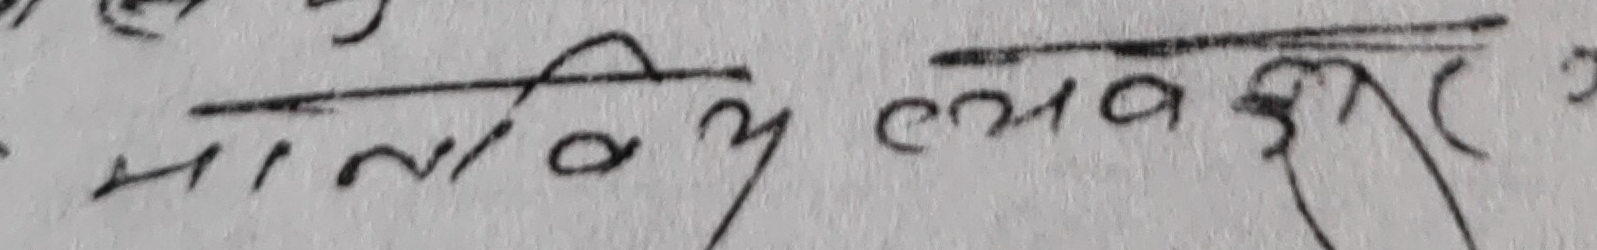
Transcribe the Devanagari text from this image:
मानवीय व्यवहार